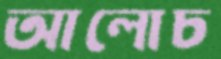
আলোচ